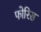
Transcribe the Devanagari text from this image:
फोरिस